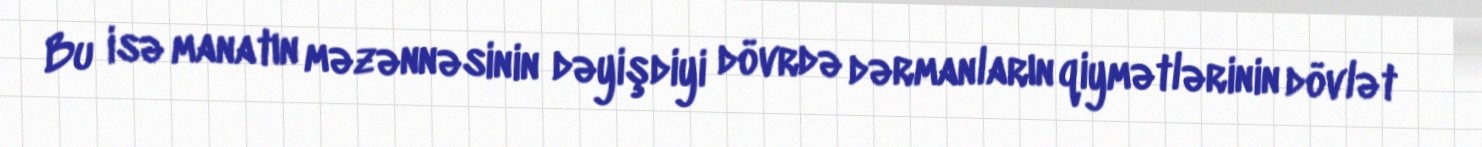
Bu isə manatın məzənnəsinin dəyişdiyi dövrdə dərmanların qiymətlərinin dövlət